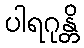
ပါရဂုန္တိ